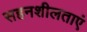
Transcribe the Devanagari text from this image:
सहनशीलताएं